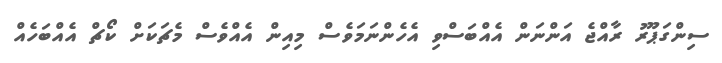
ސިންގަޕޫރު ރާއްޖެ އަންނަން އެއްބަސްވި އެހެންނަމަވެސް މިއިން އެއްވެސް މެޗަކަށް ކޯޗް އެއްބަހެއް